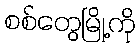
စစ်တွေမြို့ကို